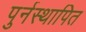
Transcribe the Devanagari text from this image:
पुर्नस्‍थापित